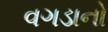
વગડાનો